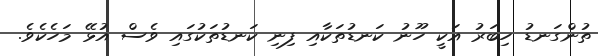
ތުންގަނޑު ހިބަރު އަކީ ހޫނު ކަނޑުތަކާއި ފިނި ކަނޑުތަކުގައި ވެސް އުޅޭ މަހެކެވެ.